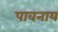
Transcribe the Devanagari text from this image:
पावनाय